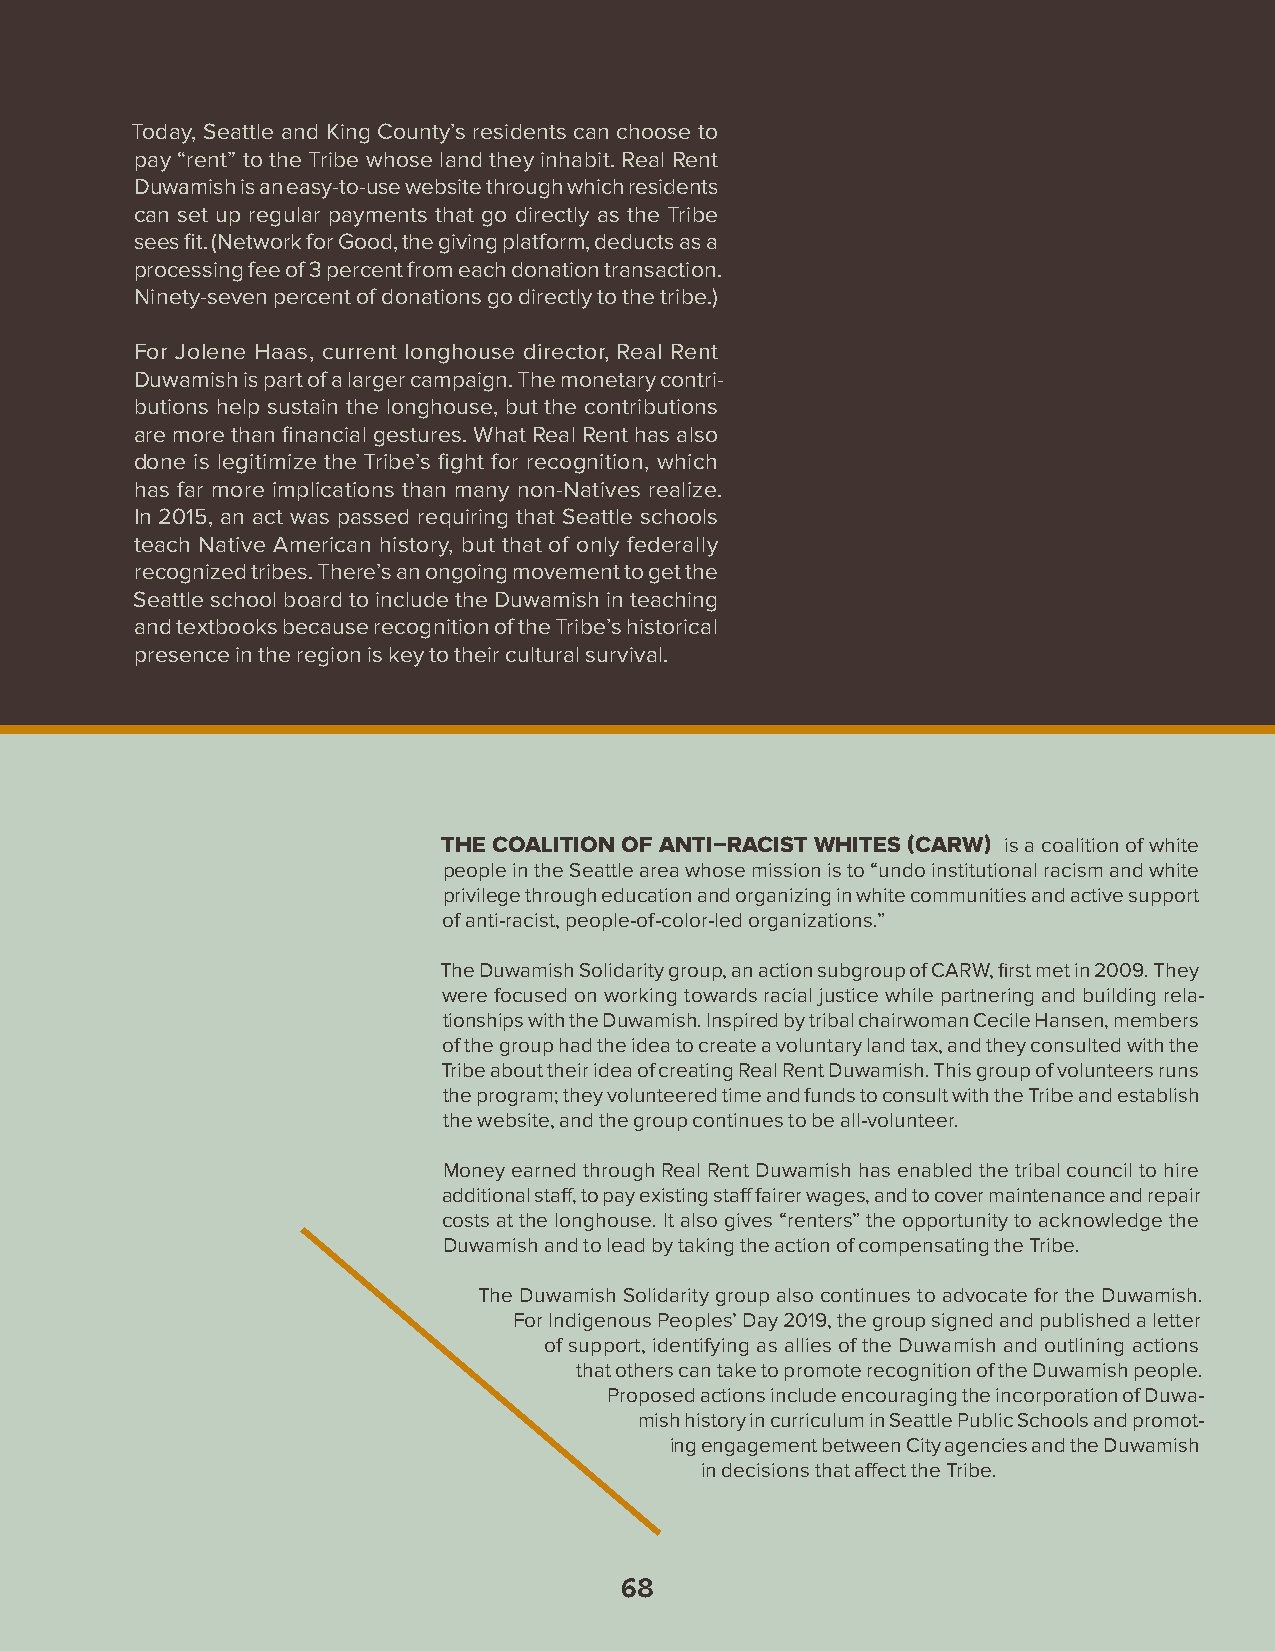
Today, Seattle and King County’s residents can choose to
 pay “rent” to the Tribe whose land they inhabit. Real Rent
 Duwamish is an easy-to-use website through which residents
 can set up regular payments that go directly as the Tribe
 sees fit. (Network for Good, the giving platform, deducts as a
 processing fee of 3 percent from each donation transaction.
 Ninety-seven percent of donations go directly to the tribe.)
 For Jolene Haas, current longhouse director, Real Rent
 Duwamish is part of a larger campaign. The monetary contri-
 butions help sustain the longhouse, but the contributions
 are more than financial gestures. What Real Rent has also
 done is legitimize the Tribe’s fight for recognition, which
 has far more implications than many non-Natives realize.
 In 2015, an act was passed requiring that Seattle schools
 teach Native American history, but that of only federally
 recognized tribes. There’s an ongoing movement to get the
 Seattle school board to include the Duwamish in teaching
 and textbooks because recognition of the Tribe’s historical
 presence in the region is key to their cultural survival.
 THE COALITION OF ANTI–RACIST WHITES (CARW) is a coalition of white
 people in the Seattle area whose mission is to “undo institutional racism and white
 privilege through education and organizing in white communities and active support
 of anti-racist, people-of-color-led organizations.”
 The Duwamish Solidarity group, an action subgroup of CARW, first met in 2009. They
 were focused on working towards racial justice while partnering and building rela-
 tionships with the Duwamish. Inspired by tribal chairwoman Cecile Hansen, members
 of the group had the idea to create a voluntary land tax, and they consulted with the
 Tribe about their idea of creating Real Rent Duwamish. This group of volunteers runs
 the program; they volunteered time and funds to consult with the Tribe and establish
 the website, and the group continues to be all-volunteer.
 Money earned through Real Rent Duwamish has enabled the tribal council to hire
 additional staff, to pay existing staff fairer wages, and to cover maintenance and repair
 costs at the longhouse. It also gives “renters” the opportunity to acknowledge the
 Duwamish and to lead by taking the action of compensating the Tribe.
 The Duwamish Solidarity group also continues to advocate for the Duwamish.
 For Indigenous Peoples’ Day 2019, the group signed and published a letter
 of support, identifying as allies of the Duwamish and outlining actions
 that others can take to promote recognition of the Duwamish people.
 Proposed actions include encouraging the incorporation of Duwa-
 mish history in curriculum in Seattle Public Schools and promot-
 ing engagement between City agencies and the Duwamish
 in decisions that affect the Tribe.
 68